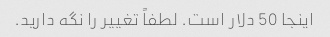
اینجا 50 دلار است. لطفاً تغییر را نگه دارید.